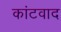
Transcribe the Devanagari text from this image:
कांटवाद